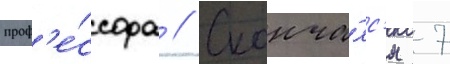
проф'е́ссора // Сконча́лс'я 7